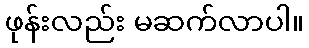
ဖုန်းလည်း မဆက်လာပါ။